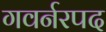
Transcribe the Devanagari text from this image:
गवर्नरपद